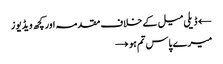
← ڈیلی میل کے خلاف مقدمہ اور کچھ ویڈیوز
میرے پاس تم ہو →